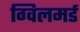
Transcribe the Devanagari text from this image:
ग्विलमर्ड